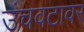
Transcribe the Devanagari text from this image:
उंचवटावर